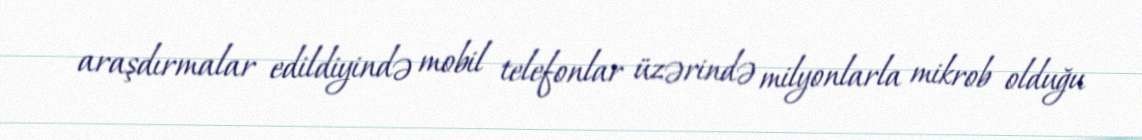
araşdırmalar edildiyində mobil telefonlar üzərində milyonlarla mikrob olduğu